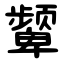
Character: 颦